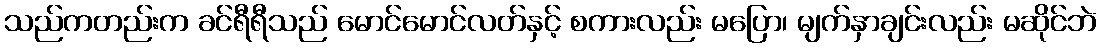
သည်ကတည်းက ခင်ရီရီသည် မောင်မောင်လတ်နှင့် စကားလည်း မပြော၊ မျက်နှာချင်းလည်း မဆိုင်ဘဲ